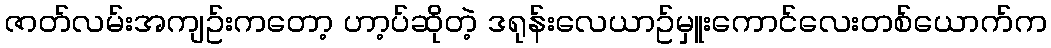
ဇာတ်လမ်းအကျဥ်းကတော့ ဟာ့ပ်ဆိုတဲ့ ဒရုန်းလေယာဥ်မှူးကောင်လေးတစ်ယောက်က